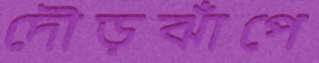
দৌড়ঝাঁপে